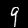
Label: 9